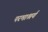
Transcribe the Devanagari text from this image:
परमाश्रर्य